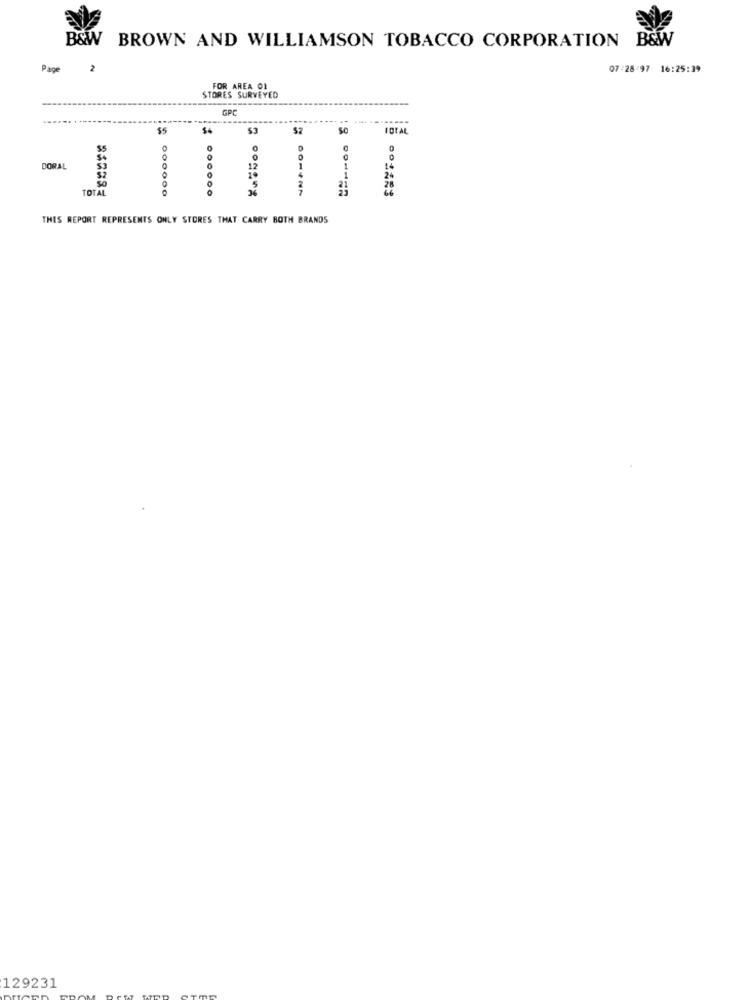
B&W BROWN AND WILLIAMSON TOBACCO CORPORATION B&W
Page
2
07-28/97 16:25:39
FOR AREA 01
STORES SURVEYED
GPC
55
$3
TOTAL
0
0
DORAL
0
0
12
1
14
1
24
000000
5
28
THIS REPORT REPRESENTS ONLY STORES THAT CARRY BOTH BRANDS
129231